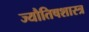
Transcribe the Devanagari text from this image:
ज्यौतिषशास्त्र